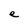
Character: e